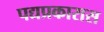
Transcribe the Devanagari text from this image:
पद्यप्रकारास